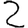
Digit: 2